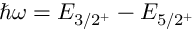
\hbar \omega = E _ { 3 / 2 ^ { + } } - E _ { 5 / 2 ^ { + } }